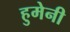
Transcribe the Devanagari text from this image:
हुमेनी